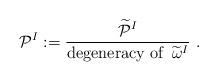
LaTeX: \begin{align*} {\cal P}^I :=\frac{ \widetilde{\cal P}^I }{{\textrm{degeneracy of }}\, \widetilde{\omega}^I} \ .\end{align*}